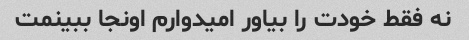
نه فقط خودت را بیاور امیدوارم اونجا ببینمت